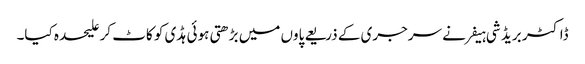
ڈاکٹر بریڈ شی ہیفر نے سرجری کے ذریعے پاوں میں بڑھتی ہوئی ہڈی کو کاٹ کر علیحدہ کیا۔